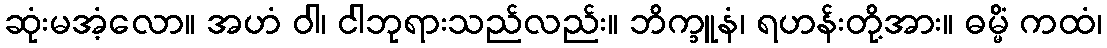
ဆုံးမအံ့လော။ အဟံ ဝါ၊ ငါဘုရားသည်လည်း။ ဘိက္ခူနံ၊ ရဟန်းတို့အား။ ဓမ္မိံ ကထံ၊